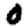
Digit: 0